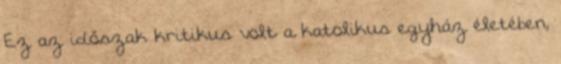
Ez az időszak kritikus volt a katolikus egyház életében,